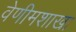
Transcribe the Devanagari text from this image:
वेणीमशाखा